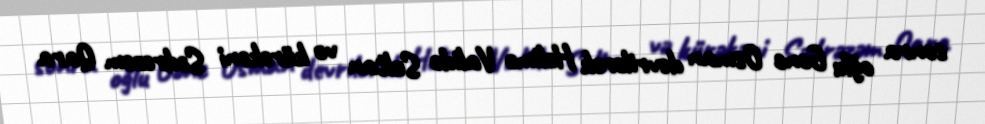
sonra oğlu Gənc Osman devrilərək Həlimə Validə Sultan və kürəkəni Sədrəzəm Qara